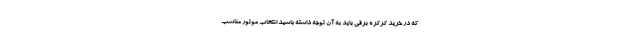
که در خرید کرکره برقی باید به آن توجه داشته باشید انتخاب موتور مناسب